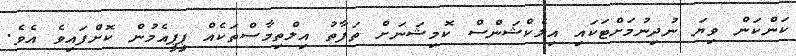
ކަންކަން ވިޔަ ނުދިނުމަށްޓަކައި އިލެކްޝަންސް ކޮމިޝަނަށް ތަފާތު އިލްތިމާސްތަކެއް ޕީޕީއެމުން ކޮށްފައިވެ އެވެ.